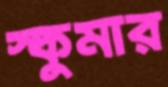
স্কুমার